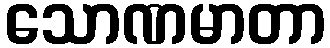
သောဏမာတာ